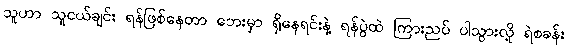
သူဟာ သူငယ်ချင်း ရန်ဖြစ်နေတာ ဘေးမှာ ရှိနေရင်းနဲ့ ရန်ပွဲထဲ ကြားညပ် ပါသွားလို့ ရဲစခန်း